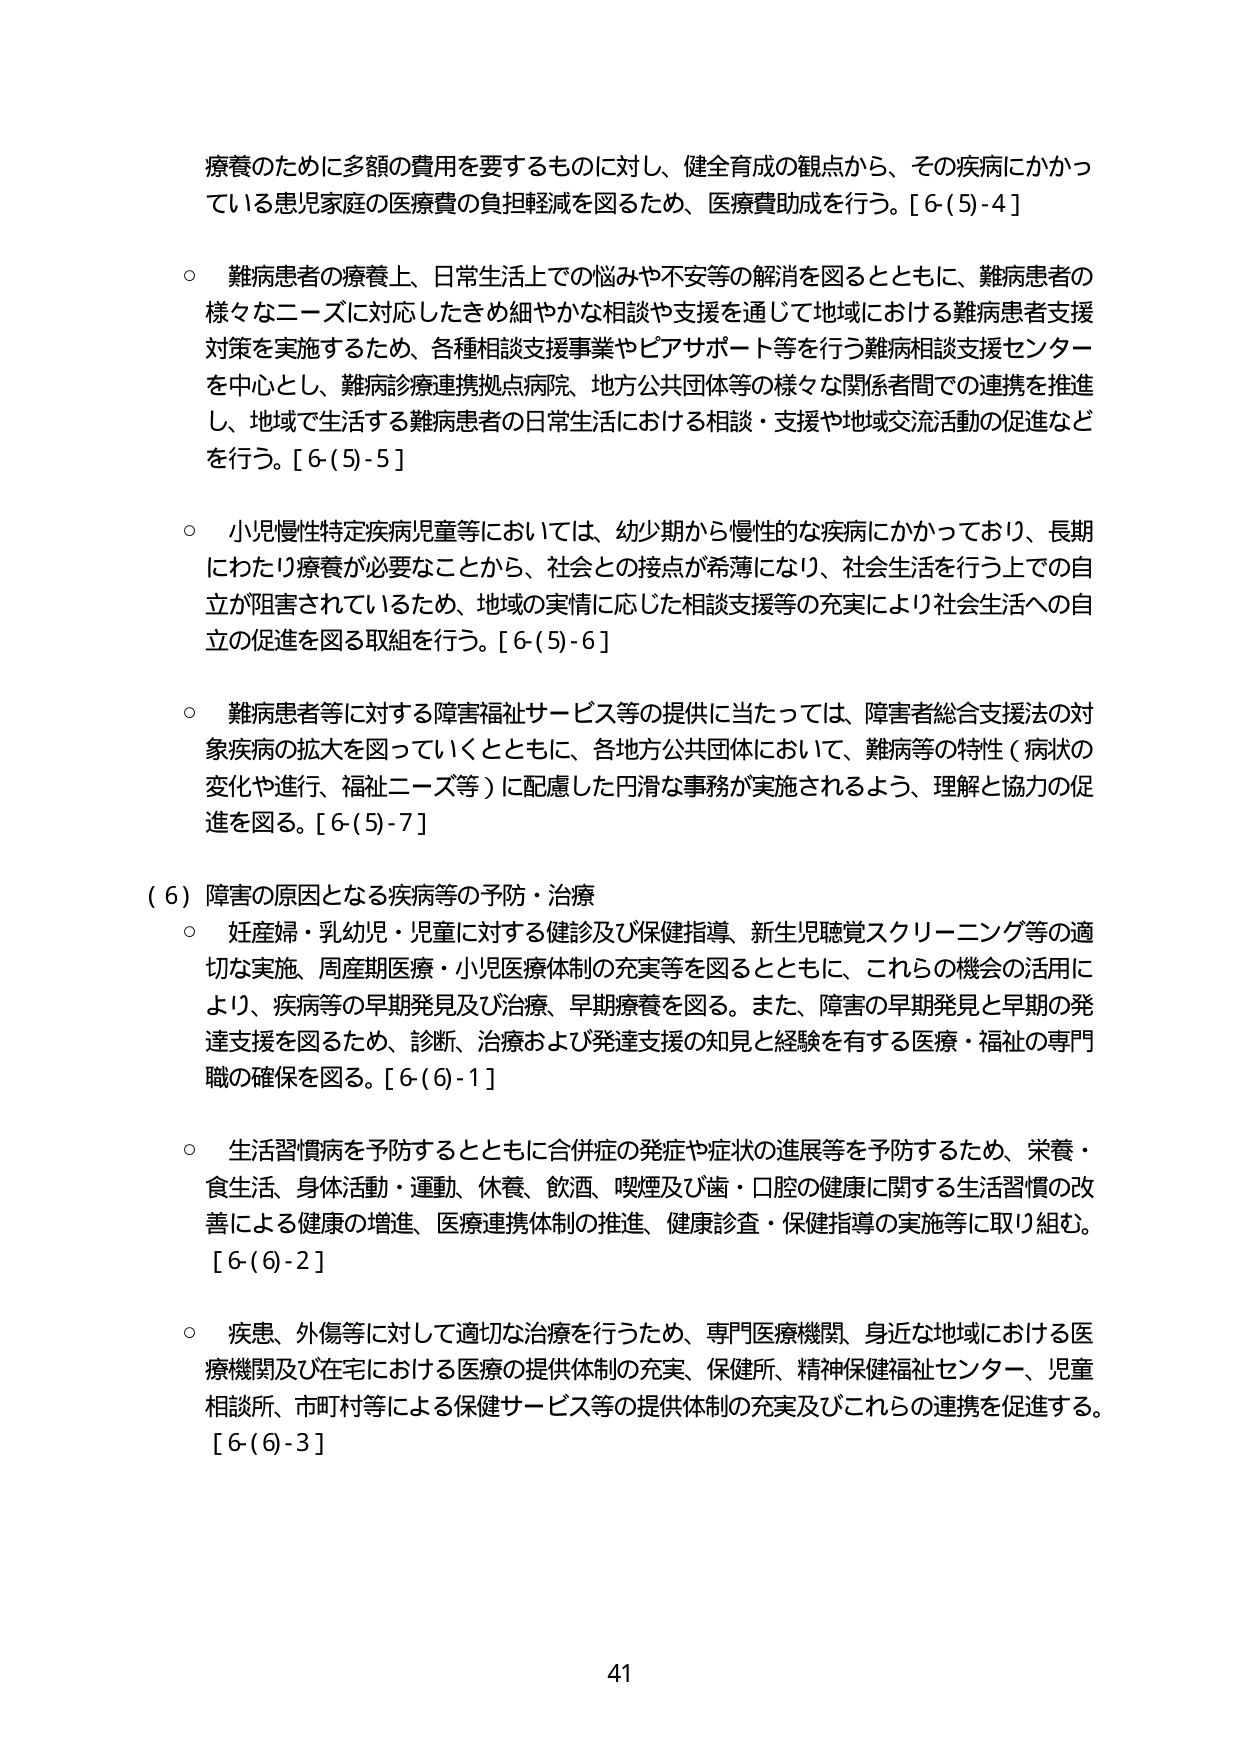
療養のために多額の費用を要するものに対し、健全育成の観点から、その疾病にかかっている患児家庭の医療費の負担軽減を図るため、医療費助成を行う。[6-(5)-4]

○ 難病患者の療養上、日常生活上での悩みや不安等の解消を図るとともに、難病患者の様々なニーズに対応したきめ細やかな相談や支援を通じて地域における難病患者支援対策を実施するため、各種相談支援事業やピアサポート等を行う難病相談支援センターを中心とし、難病診療連携拠点病院、地方公共団体等の様々な関係者間での連携を推進し、地域で生活する難病患者の日常生活における相談・支援や地域交流活動の促進などを行う。[6-(5)-5]

○ 小児慢性特定疾病児童等においては、幼少期から慢性的な疾病にかかっており、長期にわたり療養が必要なことから、社会との接点が希薄になり、社会生活を行う上での自立が阻害されているため、地域の実情に応じた相談支援等の充実により社会生活への自立の促進を図る取組を行う。[6-(5)-6]

○ 難病患者等に対する障害福祉サービス等の提供に当たっては、障害者総合支援法の対象疾病の拡大を図っていくとともに、各地方公共団体において、難病等の特性（病状の変化や進行、福祉ニーズ等）に配慮した円滑な事務が実施されるよう、理解と協力の促進を図る。[6-(5)-7]

（6）障害の原因となる疾病等の予防・治療

○ 妊産婦・乳幼児・児童に対する健診及び保健指導、新生児聴覚スクリーニング等の適切な実施、周産期医療・小児医療体制の充実等を図るとともに、これらの機会の活用により、疾病等の早期発見及び治療、早期療養を図る。また、障害の早期発見と早期の発達支援を図るため、診断、治療および発達支援の知見と経験を有する医療・福祉の専門職の確保を図る。[6-(6)-1]

○ 生活習慣病を予防するとともに合併症の発症や症状の進展等を予防するため、栄養・食生活、身体活動・運動、休養、飲酒、喫煙及び歯・口腔の健康に関する生活習慣の改善による健康の増進、医療連携体制の推進、健康診査・保健指導の実施等に取り組む。[6-(6)-2]

○ 疾患、外傷等に対して適切な治療を行うため、専門医療機関、身近な地域における医療機関及び在宅における医療の提供体制の充実、保健所、精神保健福祉センター、児童相談所、市町村等による保健サービス等の提供体制の充実及びこれらの連携を促進する。[6-(6)-3]

41